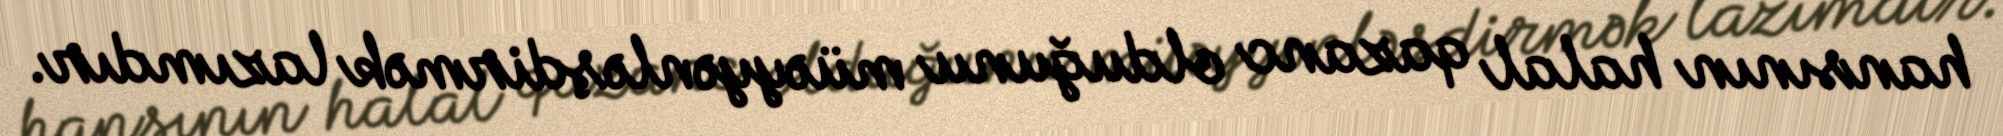
hansının halal qazanc olduğunu müəyyənləşdirmək lazımdır.